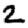
Digit: 2